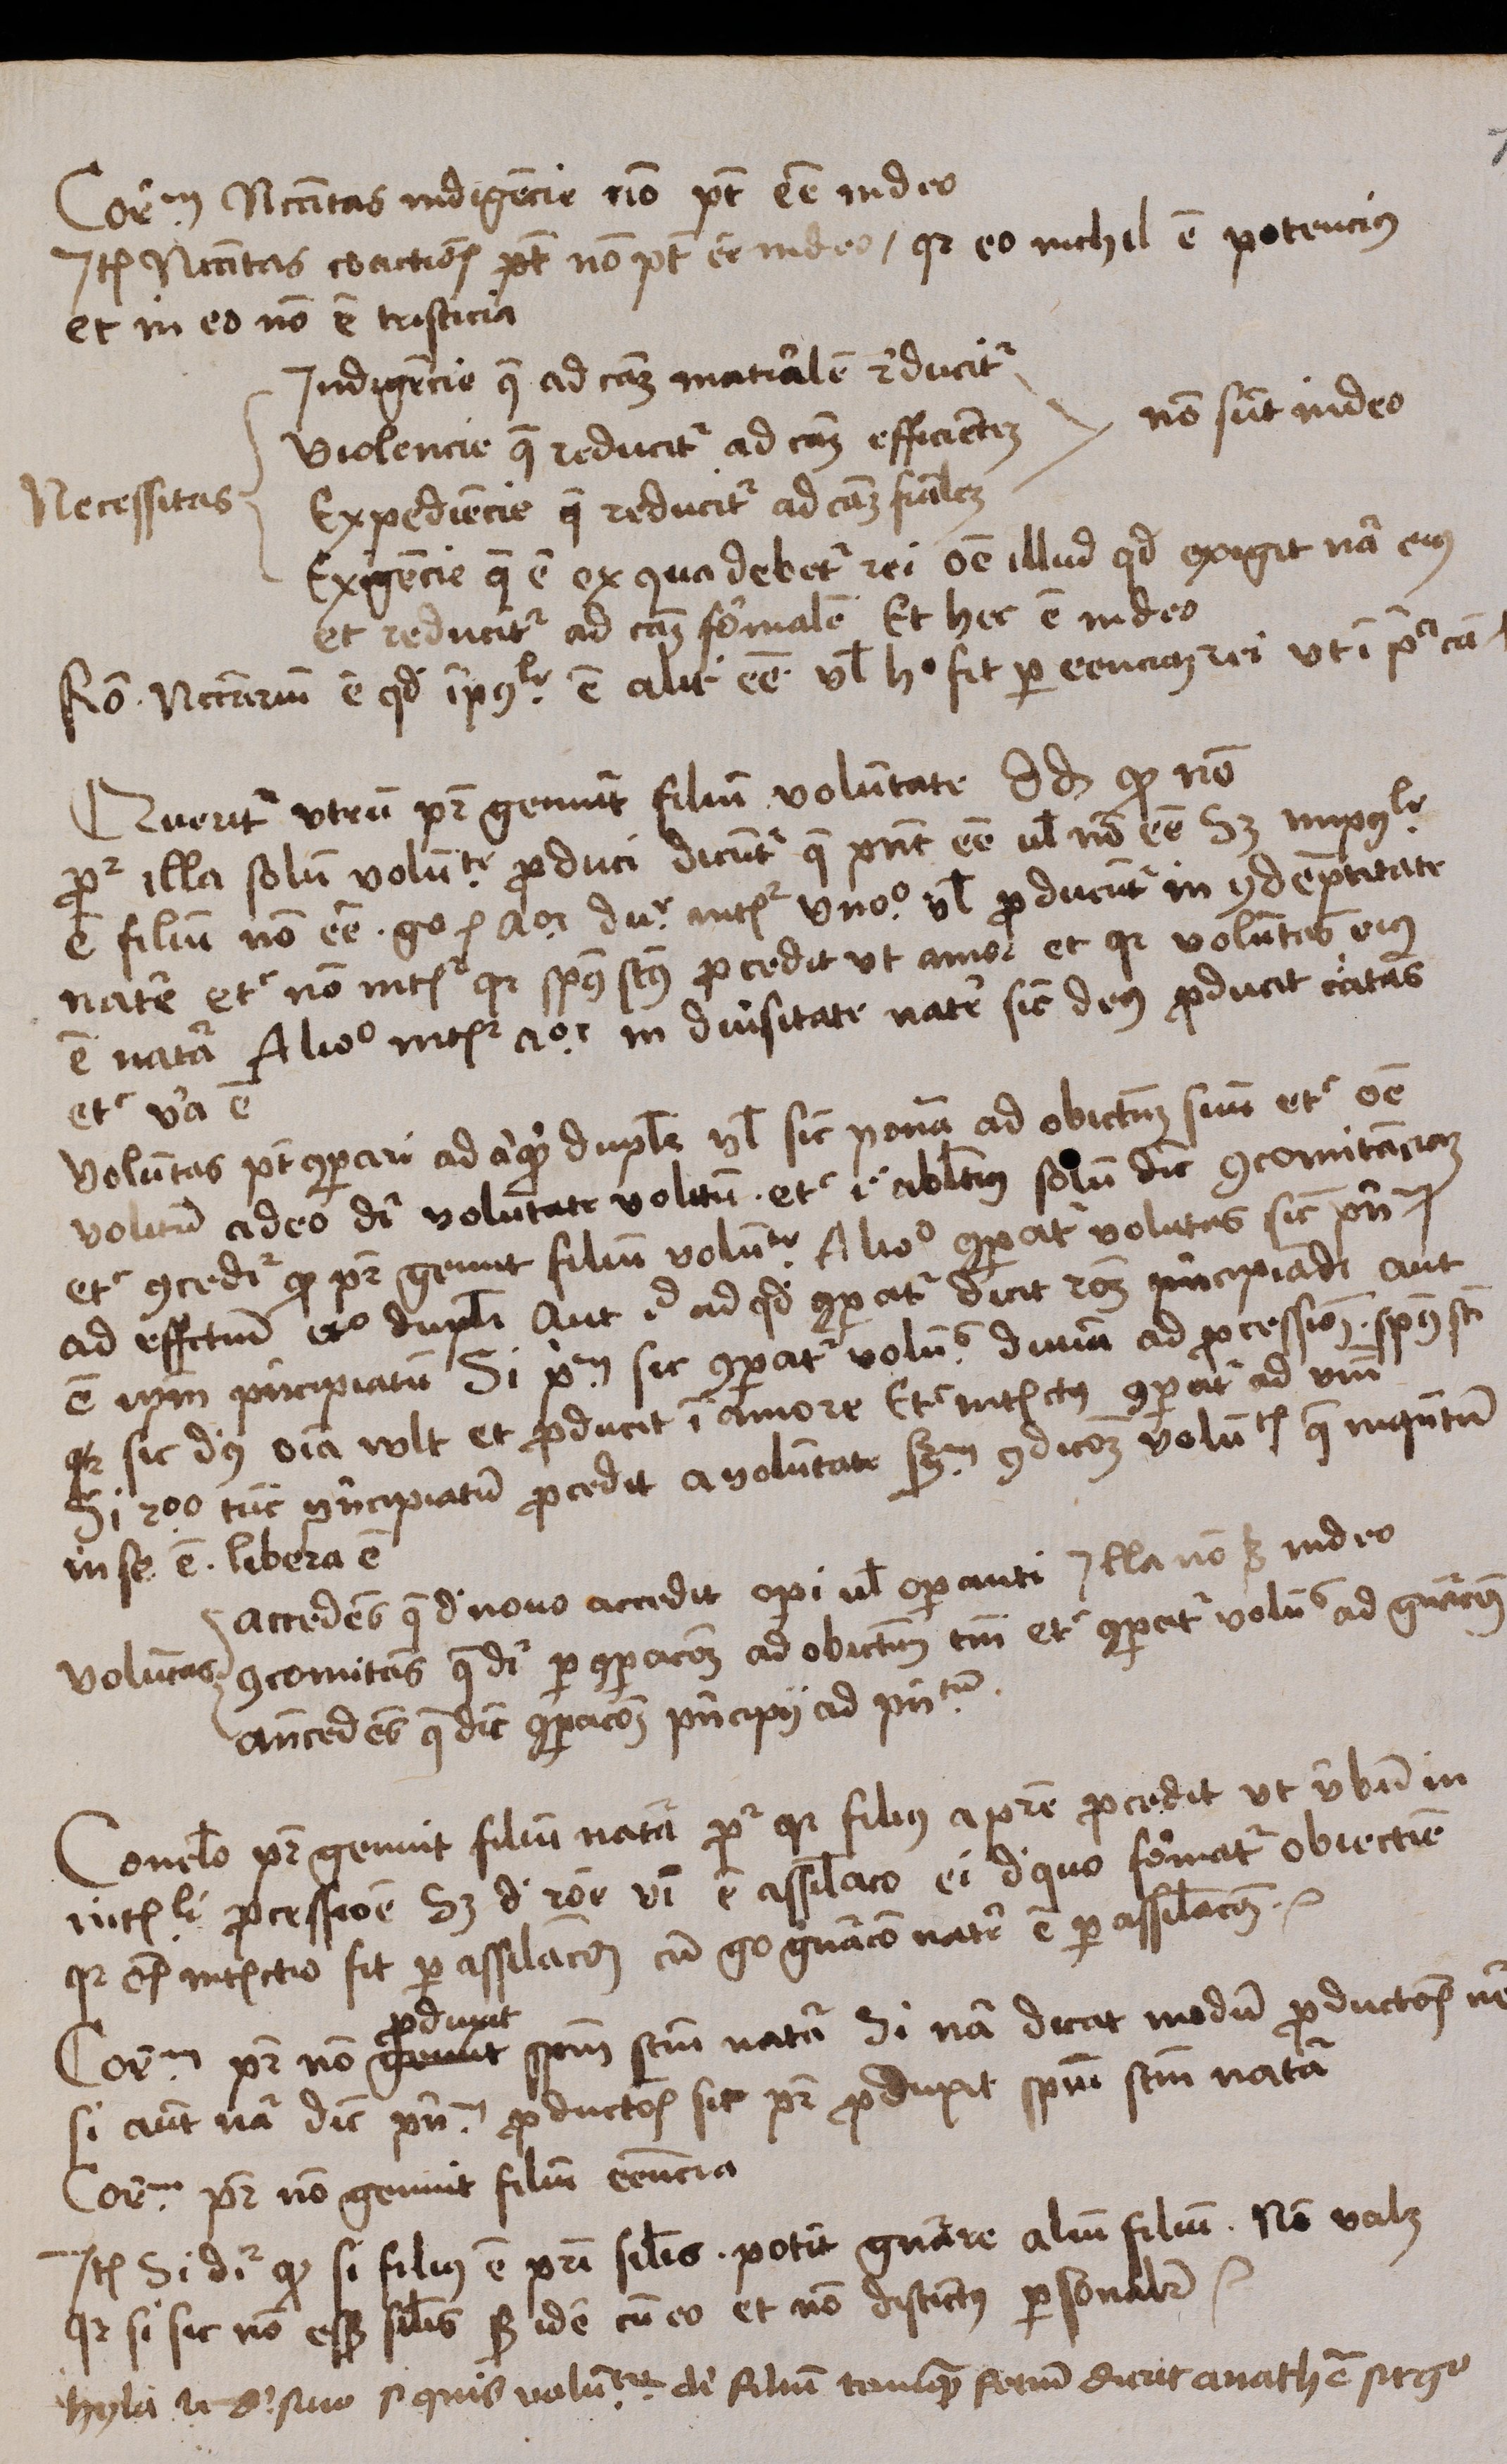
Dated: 1488–1488